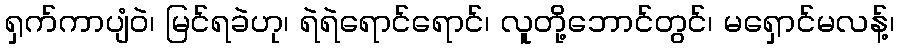
ရှက်ကာပျံဝဲ၊ မြင်ရခဲဟု၊ ရဲရဲရောင်ရောင်၊ လူတို့ဘောင်တွင်၊ မရှောင်မလန့်၊